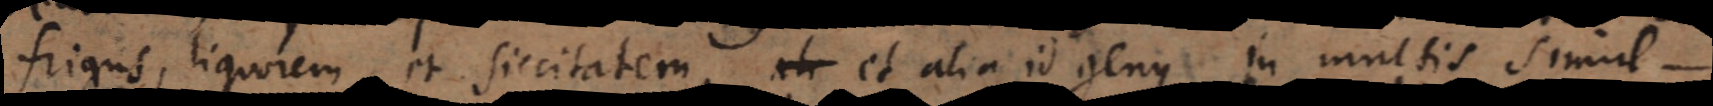
frigus, liquorem et siccitatem, et alia id genus in multis simul‐